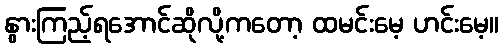
နွားကြည့်ရအောင်ဆိုလို့ကတော့ ထမင်းမေ့ ဟင်းမေ့။